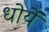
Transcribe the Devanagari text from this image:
धोयें